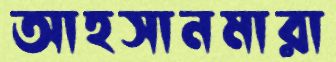
আহসানমারা